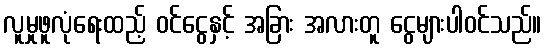
လူမှုဖူလုံရေးထည့် ဝင်ငွေနှင့် အခြား အလားတူ ငွေများပါဝင်သည်။